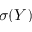
\sigma ( Y )